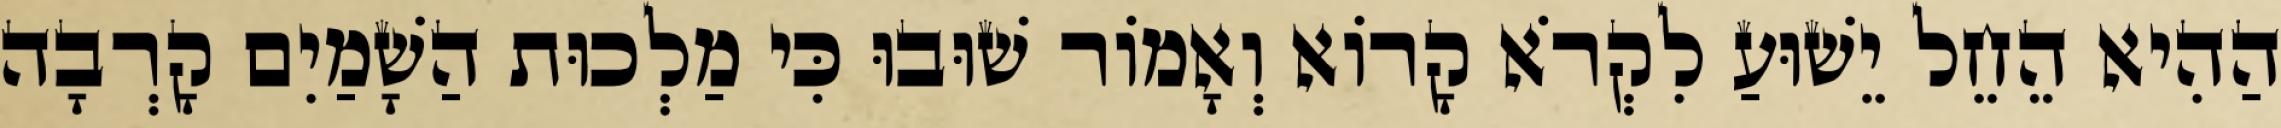
הַהִיא הֵחֵל יֵשׁוּעַ לִקְרֹא קָרוֹא וְאָמוֹר שׁוּבוּ כִּי מַלְכוּת הַשָׁמַיִם קָרְבָה